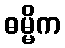
ဓမ္မိက